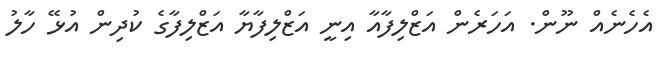
އެހެނެއް ނޫން. އަހަރެން އަޒްލިފާއާ އިނީ އަޒްލިފާޔާ އަޒްލިފާގެ ކުދިން އުޅޭ ހާލު